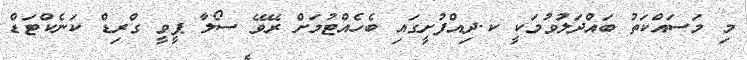
މި މަސައްކަތު ބައްދަލުވުމަކީ ކ.ދިއްފުށީގައި ބެހެއްޓުމަށް ރޭވޭ ސޯލާ ޕީވީ ގްރިޑް ކަނެކްޓަޑް